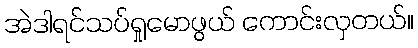
အဲဒါရင်သပ်ရှုမောဖွယ် ကောင်းလှတယ်။